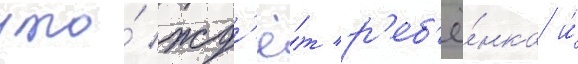
что́ жд'ё́т р'еб'ё́нка и́